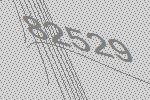
82529